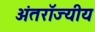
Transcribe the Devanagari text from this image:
अंतरॉज्यीय